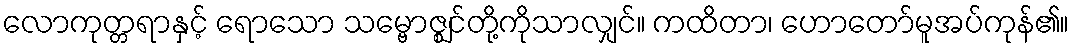
လောကုတ္တရာနှင့် ရောသော သမ္ဗောဇ္ဈင်တို့ကိုသာလျှင်။ ကထိတာ၊ ဟောတော်မူအပ်ကုန်၏။